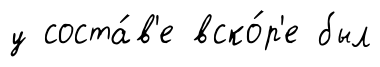
у соста́в'е вско́р'е был